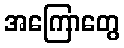
အကြောတွေ